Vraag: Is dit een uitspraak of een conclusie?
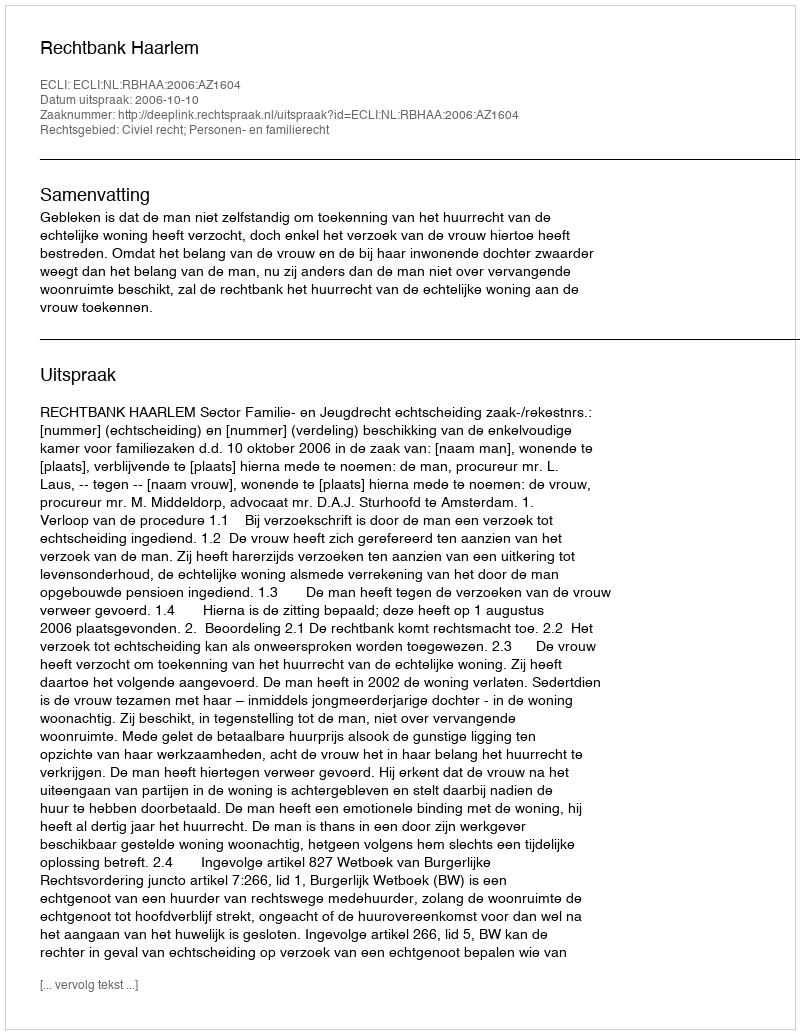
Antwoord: Uitspraak